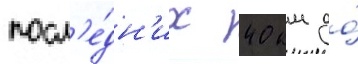
посл'е́дн'их 40 км до́